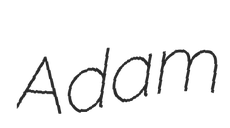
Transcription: Adam